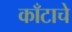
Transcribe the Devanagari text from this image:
काँटाचे